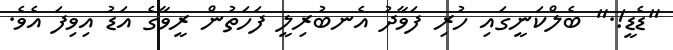
"ޑެޑީ!." ބެލްކަނީގައި ހުރި ފަވާދު އެނބުރިލީ ފަހަތުން ރީވާގެ އަޑު އިވިފަ އެވެ.